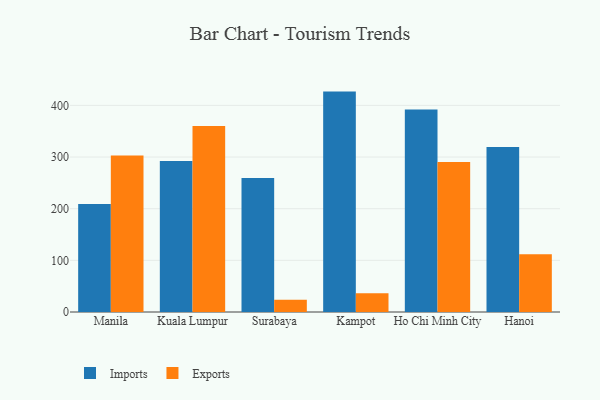
{"axis": {"x": "City", "y": "Churn Rate (%)"}, "legend": ["Exports", "Imports"], "data": [{"x": "Manila", "y": 209.2, "type": "Imports"}, {"x": "Manila", "y": 303.2, "type": "Exports"}, {"x": "Kuala Lumpur", "y": 292.3, "type": "Imports"}, {"x": "Kuala Lumpur", "y": 360.3, "type": "Exports"}, {"x": "Surabaya", "y": 259.2, "type": "Imports"}, {"x": "Surabaya", "y": 23.5, "type": "Exports"}, {"x": "Kampot", "y": 426.7, "type": "Imports"}, {"x": "Kampot", "y": 36.4, "type": "Exports"}, {"x": "Ho Chi Minh City", "y": 392.0, "type": "Imports"}, {"x": "Ho Chi Minh City", "y": 290.6, "type": "Exports"}, {"x": "Hanoi", "y": 319.4, "type": "Imports"}, {"x": "Hanoi", "y": 111.6, "type": "Exports"}]}